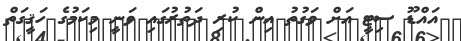
އައްޑޫ ސިޓީ އަށް ވަގުތު އިން ކުރި ދަތުރުގައި ވަނީ މިކަމުގެ ހަޤީގަތް